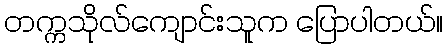
တက္ကသိုလ်ကျောင်းသူက ပြောပါတယ်။